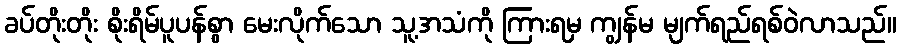
ခပ်တိုးတိုး စိုးရိမ်ပူပန်စွာ မေးလိုက်သော သူ့အသံကို ကြားရမှ ကျွန်မ မျက်ရည်ရစ်ဝဲလာသည်။